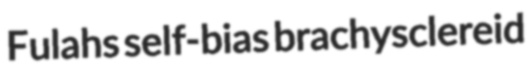
Fulahs self-bias brachysclereid